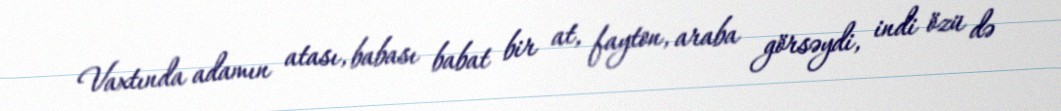
Vaxtında adamın atası, babası babat bir at, fayton, araba görsəydi, indi özü də